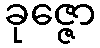
ခုဇ္ဇော